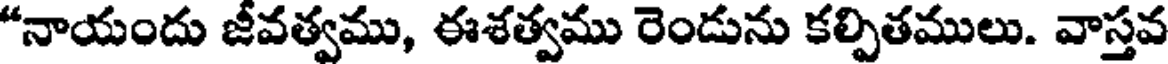
"నాయందు జీవత్వము, ఈశత్వము రెండును కల్పితములు. వాస్తవ